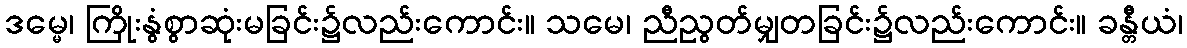
ဒမ္မေ၊ ကြိုးနွံစွာဆုံးမခြင်း၌လည်းကောင်း။ သမေ၊ ညီညွတ်မျှတခြင်း၌လည်းကောင်း။ ခန္တီယံ၊